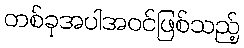
တစ်ခုအပါအဝင်ဖြစ်သည့်